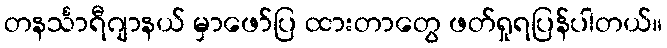
တနင်္သာရီဂျာနယ် မှာဖော်ပြ ထားတာတွေ ဖတ်ရှုရပြန်ပါတယ်။